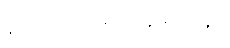
နားထောင်မယ့်လူ မရှိဘူး။